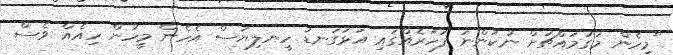
"މިހެން މަގުމައްޗަށް ނުކުންނަ ފަހަރެއްގައި އަޅުގަނޑު ހީނލިޔަސް އެހެން މީހުން ހިއެއް ވެސް